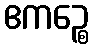
ဧကဉ္စေ